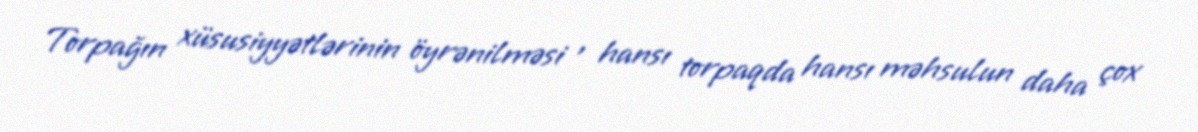
Torpağın xüsusiyyətlərinin öyrənilməsi , hansı torpaqda hansı məhsulun daha çox